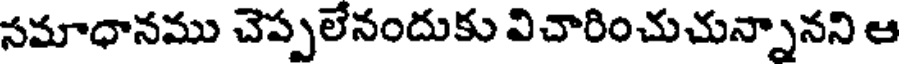
సమాధానము చెప్పలేనందుకు విచారించుచున్నానని ఆ